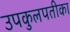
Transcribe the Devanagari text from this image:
उपकुलपतीका